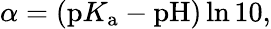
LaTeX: \alpha=(\mathrm{p}K_{\mathrm{a}}-\textrm{pH})\ln 10,